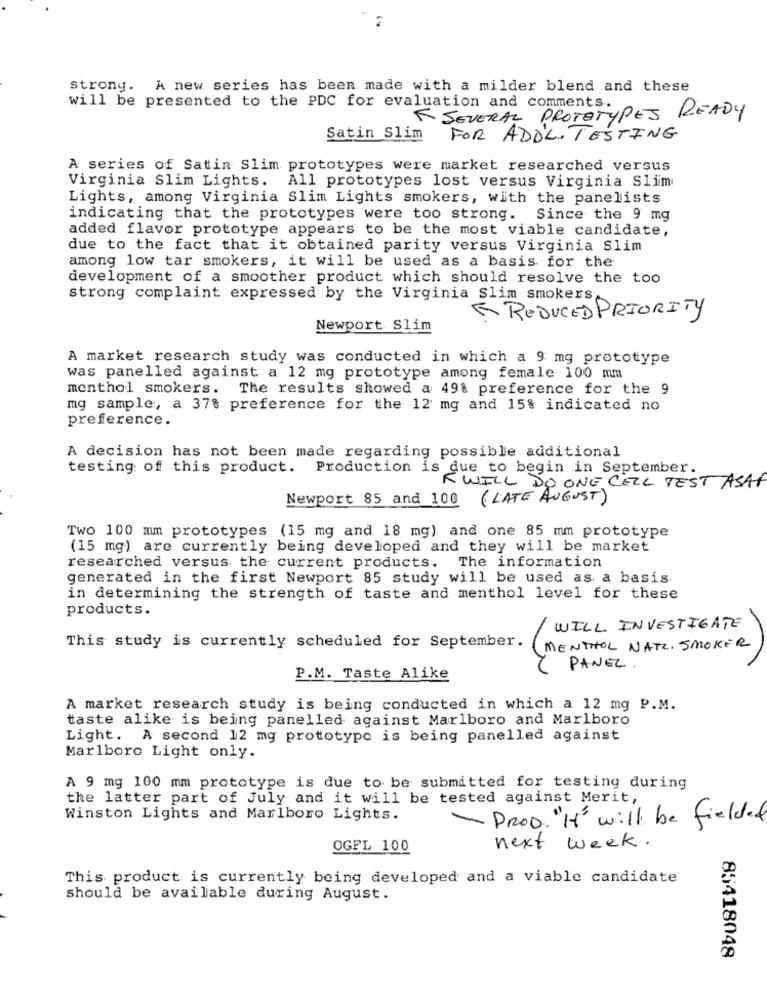
strony. A new series has been made with a milder blend and these
will be presented to the PDC for evaluation and comments.0- READY
K SEVERAL PROTOTYPE
Satin Slim
FOR ADDL. TESTING
A series of Satin Slim prototypes were market researched versus
Virginia Slim Lights. All prototypes lost versus Virginia Slim
Lights, among Virginia Slim Lights smokers, with the panelists
indicating that the prototypes were too strong. Since the 9 mg
added flavor prototype appears to be the most viable candidate,
due to the fact that it obtained parity versus Virginia Slim
among low tar smokers, it will be used as a basis for the
development of a smoother product which should resolve the too
strong complaint expressed by the Virginia Slim smokers.
REDUCED PRIORITY
Newport Slim
A market research study was conducted in which a 9 mg prototype
was panelled against a 12 mg prototype among female 100 mm
menthol smokers. The results showed a 49% preference for the 9
mg sample, a 37% preference for the 12 mg and 15% indicated no
preference.
A decision has not been made regarding possible additional
testing of this product. Production is due to begin in September.
K WILL DO ONE CELL TEST ASAP
Newport 85 and 100 ( LATE AUGUST)
Two 100 mm prototypes (15 mg and 18 mg) and one 85 mm prototype
(15 mg) are currently being developed and they will be market
researched versus the current products. The information
generated in the first Newport 85 study will be used as a basis.
in determining the strength of taste and menthol level for these
products.
WILL INVESTIGATE
This study is currently scheduled for September.
(MENTHOL NATZ, SMOKER
PANEL .
P.M. Taste Alike
A market research study is being conducted in which a 12 mg P.M.
taste alike is being panelled against Marlboro and Marlboro
Light. A second 12 mg prototypo is being panelled against
Marlboro Light only.
A 9 mg 100 mm prototype is due to be submitted for testing during
the latter part of July and it will be tested against Merit,
Winston Lights and Marlboro Lights.
- PROD. "H" will be fielded
next week.
OGFL 100
This product is currently being developed and a viable candidate
should be available during August.
85418048